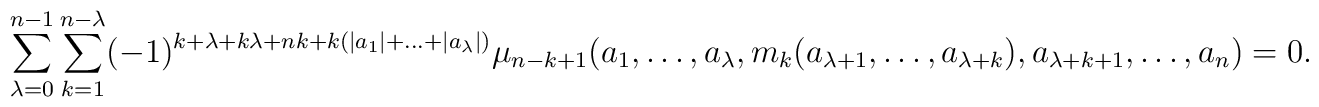
\sum _{\lambda =0}^{n-1} \sum _{k=1}^{n-\lambda } (-1)^{k+\lambda+k\lambda +nk+k(\vert a_1\vert +\dots+\vert a_{\lambda}\vert)}\mu_{n-k+1}(a_1,\dots,a_{\lambda},m_k(a_{\lambda +1},\dots ,a_{\lambda +k}),a_{\lambda +k+1}, \dots,a_n)=0.